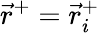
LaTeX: \vec{r}^{+}=\vec{r}_{i}^{+}